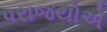
પરાજયોએ